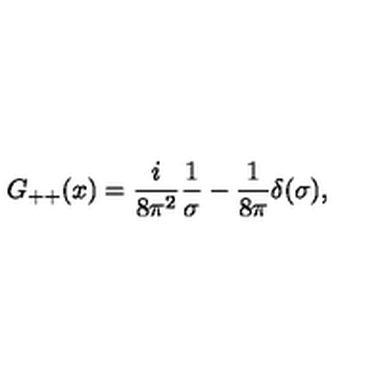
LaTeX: G _ { + + } ( x ) = { \frac { i } { 8 \pi ^ { 2 } } } { \frac { 1 } { \sigma } } - { \frac { 1 } { 8 \pi } } \delta ( \sigma ) , \nonumber